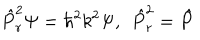
LaTeX: \hat { P } _ { r } ^ { 2 } \Psi = \hbar ^ { 2 } k ^ { 2 } \Psi , \; \, \hat { P } _ { r } ^ { 2 } = \hat { P }